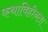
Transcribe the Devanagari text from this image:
कथाविहीनता